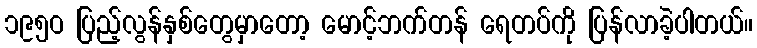
၁၉၅ဝ ပြည့်လွန်နှစ်တွေမှာတော့ မောင့်ဘက်တန် ရေတပ်ကို ပြန်လာခဲ့ပါတယ်။